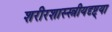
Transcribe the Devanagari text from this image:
शरीरशास्स्त्रीयदृष्ट्या